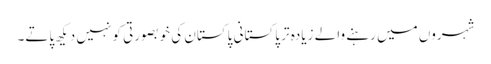
شہروں میں رہنے والے زیادہ تر پاکستانی پاکستان کی خوبصورتی کو نہیں دیکھ پاتے۔